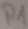
Text: P1